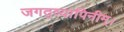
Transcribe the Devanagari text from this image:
जगद्व्यापिनीम्।